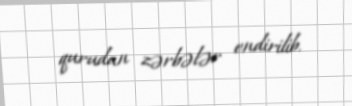
qurudan zərbələr endirilib.